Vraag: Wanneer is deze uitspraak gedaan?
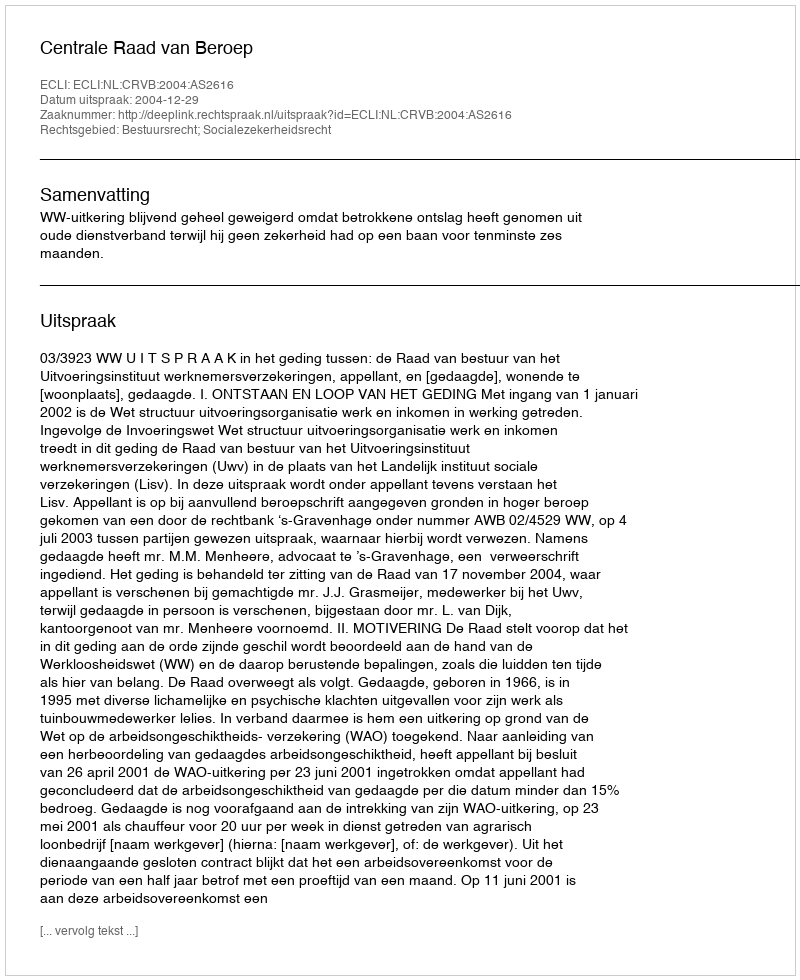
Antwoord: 2004-12-29